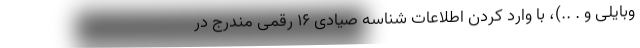
وبایلی و . ..)، با وارد کردن اطلاعات شناسه صیادی 16 رقمی مندرج در